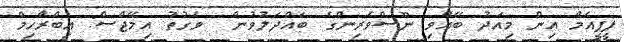
ޕީޕީއެމް އިން މިއަދު ބޭއްވި ނޫސްވެރިންގެ ބައްދަލުވުން  ވަގުތު އިމޭޖްސް: އިބްރާހިމް